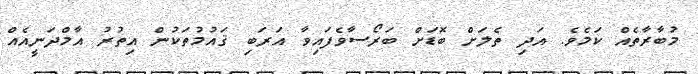
މުބާރާތެއް ކަމެވެ. އަދި ތެލަށް ބޮޑަށް ބަރޯސާވެފައިވާ އަރަބި ޤައުމުތަކުން އިތުރު އާމްދަނީއެއް